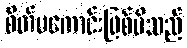
စိတ်မကောင်းဖြစ်မိသည်